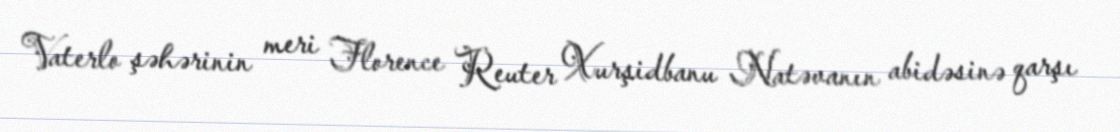
Vaterlo şəhərinin meri Florence Reuter Xurşidbanu Natəvanın abidəsinə qarşı